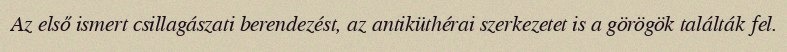
Az első ismert csillagászati berendezést, az antiküthérai szerkezetet is a görögök találták fel.